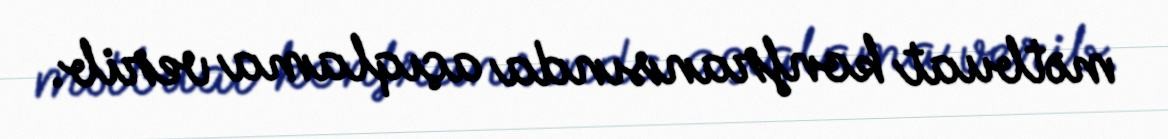
mətbuat konfransında açıqlama verib.